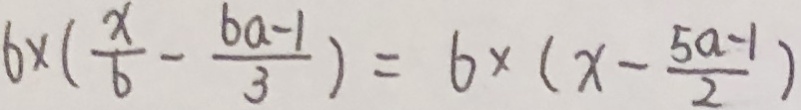
6 \times ( \frac { x } { 6 } - \frac { 6 a - 1 } { 3 } ) = 6 \times ( x - \frac { 5 a - 1 } { 2 } )